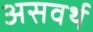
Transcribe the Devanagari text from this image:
असवर्थ